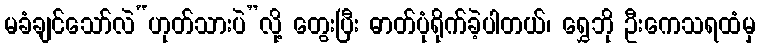
မခံချင်သော်လဲ“ဟုတ်သားပဲ”လို့ တွေးပြီး ဓာတ်ပုံရိုက်ခဲ့ပါတယ်၊ ရွှေဘို ဦးကေသရထံမှ